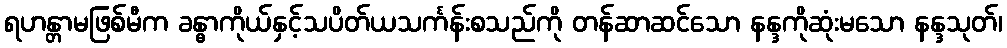
ရဟန္တာမဖြစ်မီက ခန္ဓာကိုယ်နှင့်သပိတ်ယသင်္ကန်းစသည်ကို တန်ဆာဆင်သော နန္ဒကိုဆုံးမသော နန္ဒသုတ်၊